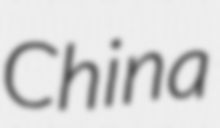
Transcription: China